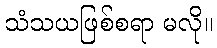
သံသယဖြစ်စရာ မလို။